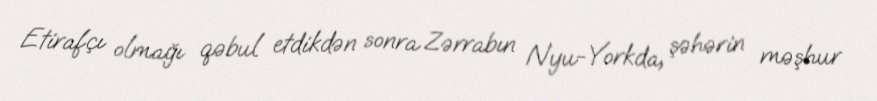
Etirafçı olmağı qəbul etdikdən sonra Zərrabın Nyu-Yorkda, şəhərin məşhur